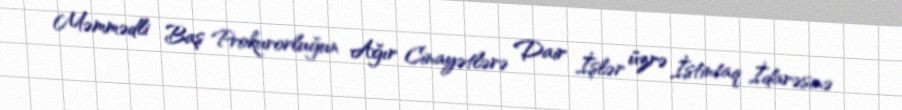
Məmmədli Baş Prokurorluğun Ağır Cinayətlərə Dair İşlər üzrə İstintaq İdarəsinə